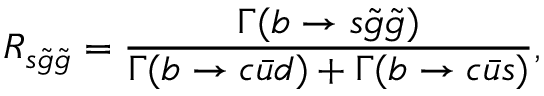
R _ { s \tilde { g } \tilde { g } } = { \frac { \Gamma ( b \rightarrow s \tilde { g } \tilde { g } ) } { \Gamma ( b \rightarrow c \bar { u } d ) + \Gamma ( b \rightarrow c \bar { u } s ) } } ,